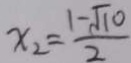
x _ { 2 } = \frac { 1 - \sqrt { 1 0 } } { 2 }